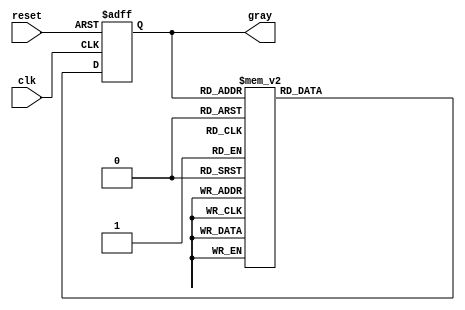
module gray_code_counter (
    input wire clk,          // Clock input
    input wire reset,        // Asynchronous reset
    output reg [2:0] gray    // 3-bit Gray code output
);

// Gray code counter logic
always @(posedge clk or posedge reset) begin
    if (reset) begin
        gray <= 3'b000; // Initialize to 000 on reset
    end else begin
        case (gray)
            3'b000: gray <= 3'b001;
            3'b001: gray <= 3'b011;
            3'b011: gray <= 3'b010;
            3'b010: gray <= 3'b110;
            3'b110: gray <= 3'b111;
            3'b111: gray <= 3'b101;
            3'b101: gray <= 3'b100;
            3'b100: gray <= 3'b000; // Wrap around to 000
            default: gray <= 3'b000; // Default case (shouldn't occur)
        endcase
    end
end

endmodule